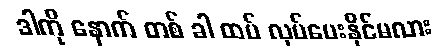
ဒါကို နောက် တစ် ခါ ထပ် လုပ်ပေးနိုင်မလား